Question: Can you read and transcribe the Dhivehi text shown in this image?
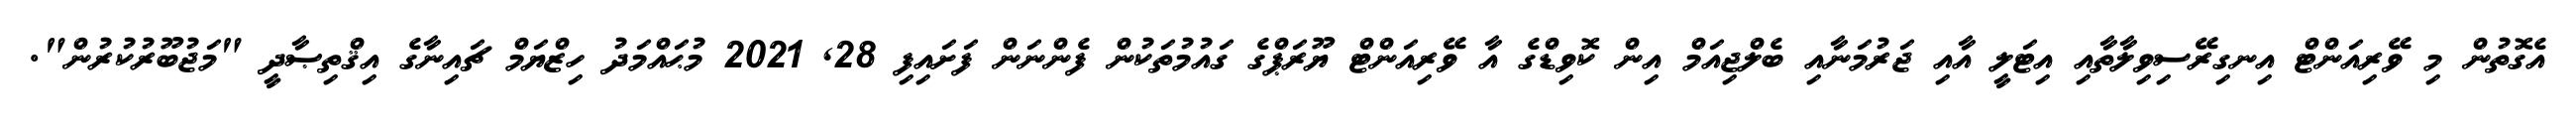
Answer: އެގޮތުން މި ވޭރިއަންޓް އިނގިރޭސިވިލާތާއި އިޓަލީ އާއި ޖަރުމަނާއި ބެލްޖިއަމް އިން ކޮވިޑްގެ އާ ވޭރިއަންޓް ޔޫރަޕްގެ ގައުމުތަކުން ފެންނަން ފަށައިފި 28, 2021 މުޙައްމަދު ހިޒްޔަމް ޗައިނާގެ އިޤްތިޞާދީ "މަޖުބޫރުކުރުން".